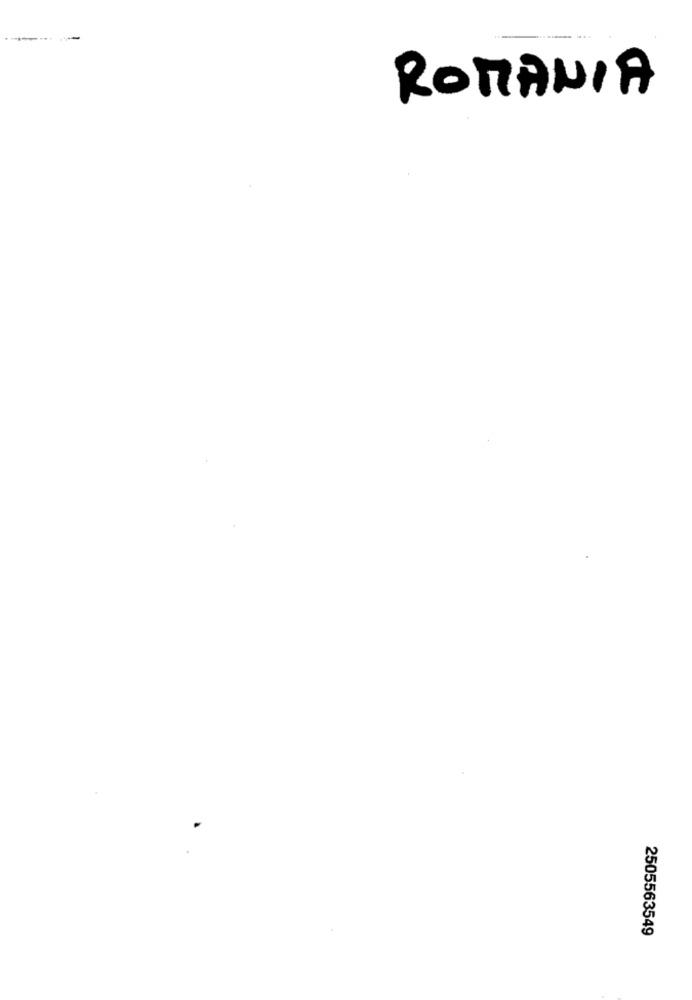
ROMANIA
2505563549